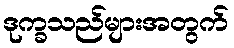
ဒုက္ခသည်များအတွက်